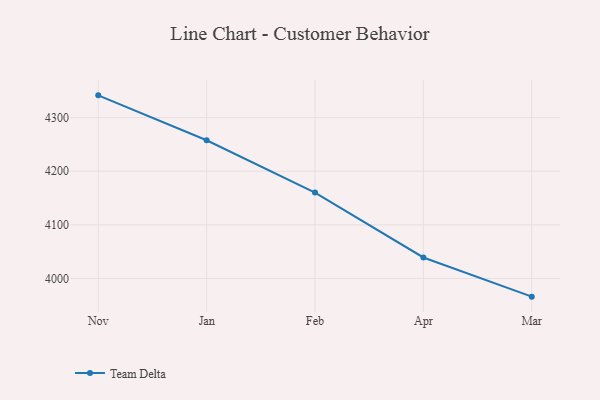
{"axis": {"x": "Month", "y": "Net Income (USD K)"}, "legend": ["Team Delta"], "data": [{"x": "Nov", "y": 4341.4, "type": "Team Delta"}, {"x": "Jan", "y": 4257.7, "type": "Team Delta"}, {"x": "Feb", "y": 4160.1, "type": "Team Delta"}, {"x": "Apr", "y": 4039.2, "type": "Team Delta"}, {"x": "Mar", "y": 3966.2, "type": "Team Delta"}]}